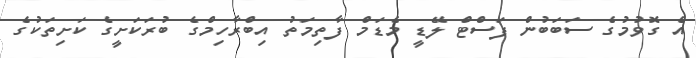
އެ ގޮވުމުގެ ސަބަބުން ފަސްޓް ލޭޑީ މެޑަމް ފާތިމަތު އިބްރާހިމްގެ ބުރަކަށީގެ ކަށިތަކުގެ